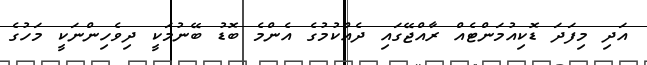
އަދި މިފަދަ ޑޮކިއުމަންޓެއް ރާއްޖޭގައި ދެއްކުމުގެ އެންމެ ބޮޑު ބޭނުމަކީ ދިވެހިންނަކީ މަހުގެ